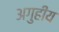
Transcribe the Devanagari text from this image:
अगुहीय